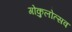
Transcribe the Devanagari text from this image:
गोकुलोत्सव